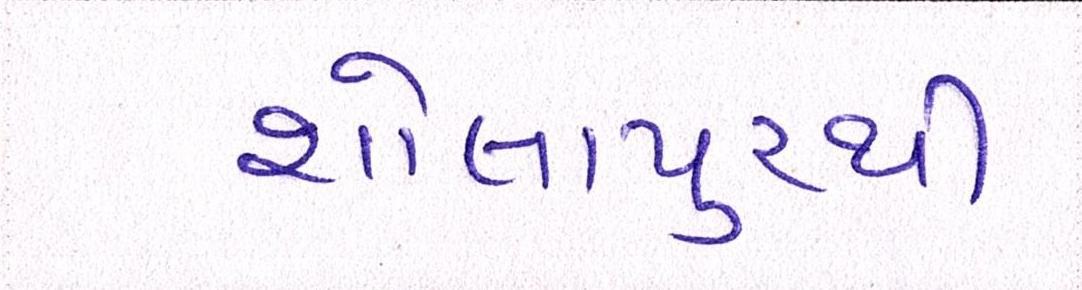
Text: શોલાપુરથી